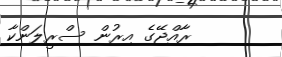
ރާއްޖޭގެ އިރުން ސްރީލަންކާ